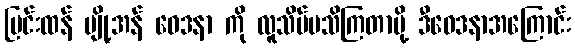
ပြင်းထန် ပျို့အန် ဝေဒနာ ကို လူသိပ်မသိကြတာမို့ ဒီဝေဒနာအကြောင်း